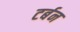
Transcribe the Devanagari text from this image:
टर्बन